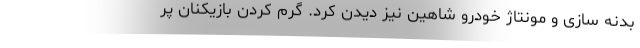
بدنه سازی و مونتاژ خودرو شاهین نیز دیدن کرد. گرم کردن بازیکنان پر